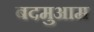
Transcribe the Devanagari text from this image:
बदमुआम